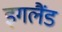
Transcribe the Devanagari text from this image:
इगलैंड